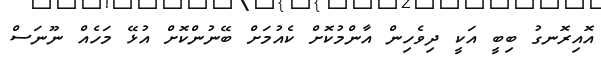
އޮއިރޮނގު ބިބީ އަކީ ދިވެހިން އާންމުކޮށް ކެއުމަށް ބޭނުންކޮށް އުޅޭ މަހެއް ނޫނަސް